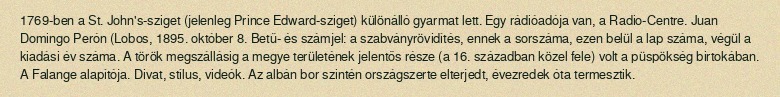
1769-ben a St. John's-sziget (jelenleg Prince Edward-sziget) különálló gyarmat lett. Egy rádióadója van, a Radio-Centre. Juan Domingo Perón (Lobos, 1895. október 8. Betű- és számjel: a szabványrövidítés, ennek a sorszáma, ezen belül a lap száma, végül a kiadási év száma. A török megszállásig a megye területének jelentős része (a 16. században közel fele) volt a püspökség birtokában. A Falange alapítója. Divat, stílus, videók. Az albán bor szintén országszerte elterjedt, évezredek óta termesztik.